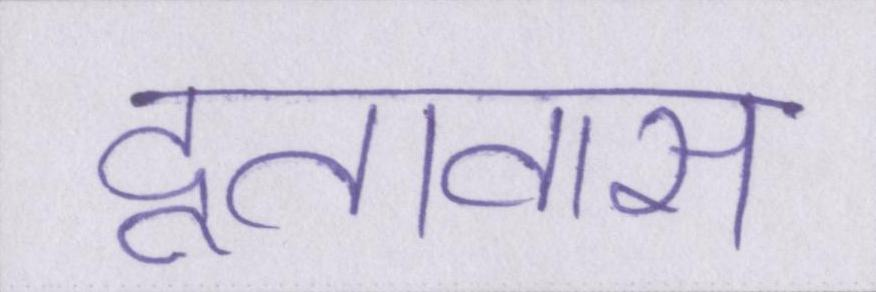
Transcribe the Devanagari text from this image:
दूतावास